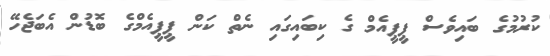
ކުރުމުގެ ބައިވެސް ޕީޕީއެމް ގެ ކިބައިގައި ނެތް ކަން ޕީޕީއެމްގެ ބޮޑުން އެބަޖެހޭ